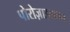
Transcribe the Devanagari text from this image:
पोरोज़ाइकलन